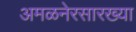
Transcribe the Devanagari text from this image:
अमळनेरसारख्या